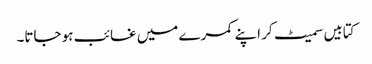
کتابیں سمیٹ کر اپنے کمرے میں غائب ہو جاتا۔